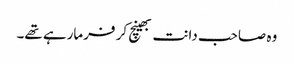
وہ صاحب دانت بھینچ کر فرمارہے تھے۔